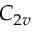
C _ { 2 v }